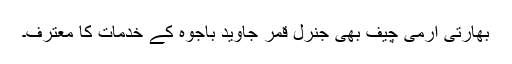
بھارتی آرمی چیف بھی جنرل قمر جاوید باجوہ کے خدمات کا معترف۔